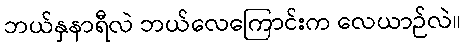
ဘယ်နှနာရီလဲ ဘယ်လေကြောင်းက လေယာဉ်လဲ။